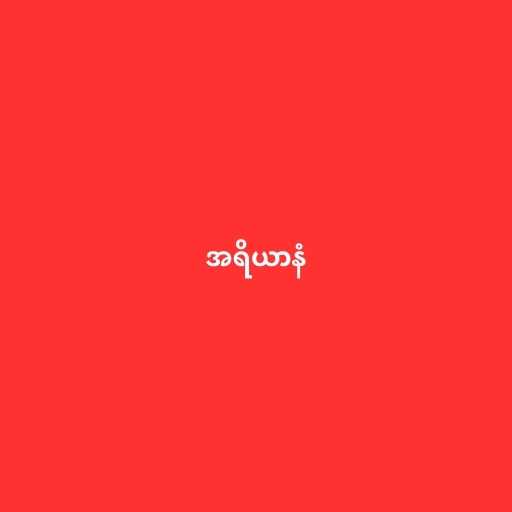
အရိယာနံ